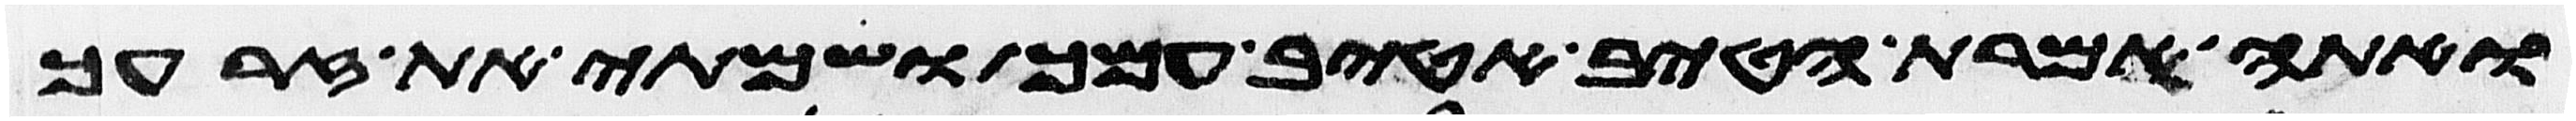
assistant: ואתה אמרת הטיב אטיב עמך ושמתי את זרעך